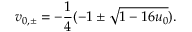
v _ { 0 , \pm } = - \frac { 1 } { 4 } ( - 1 \pm \sqrt { 1 - 1 6 u _ { 0 } } ) .